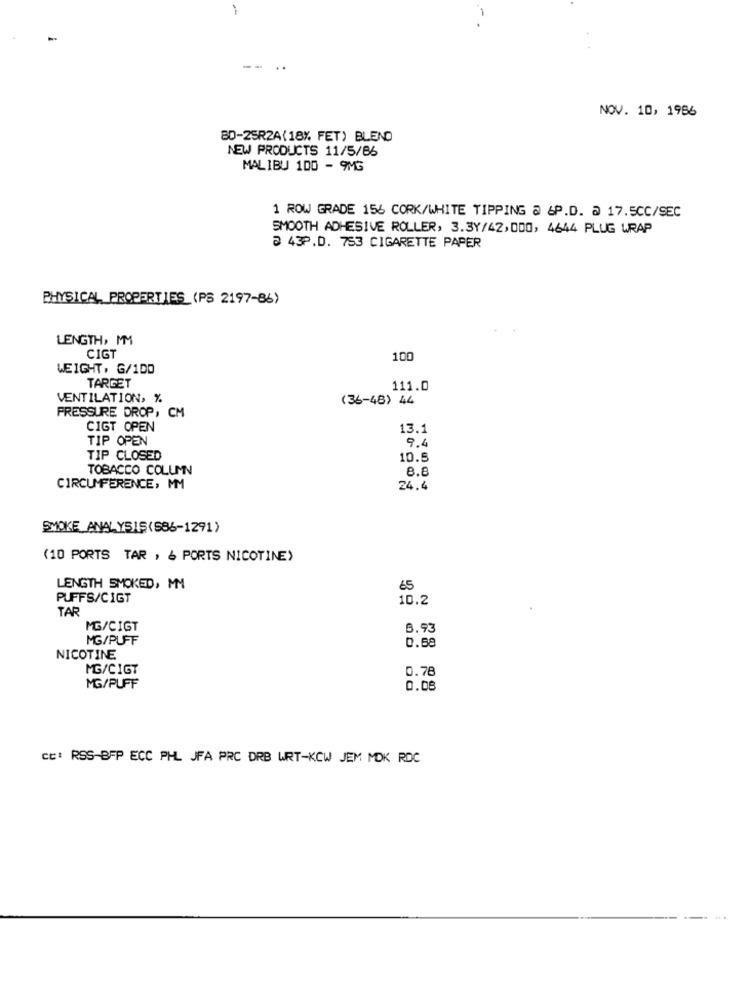
=
.. .
NOV. 10, 1986
80-25R2A(18% FET) BLEND
NEW PRODUCTS 11/5/86
MALIBU 100 - 9MG
1 ROW GRADE 156 CORK/WHITE TIPPING @ &P.D. @ 17.5CC/SEC
SMOOTH ADHESIVE ROLLER, 3.3Y/42,000, 4644 PLUG WRAP
₴ 43P.D. 753 CIGARETTE PAPER
PHYSICAL PROPERTIES (PS 2197-86)
LENGTH, MM
CIGT
100
WEIGHT, G/100
TARGET
111.0
VENTILATION, %
(36-48) 44
PRESSURE DROP, CM
CIGT OPEN
13.1
TIP OPEN
9.4
TIP CLOSED
10.5
TOBACCO COLUMN
8.8
CIRCUMFERENCE, MM
24.4
SMOKE_ANALYSIS(586-1291)
(10 PORTS TAR , & PORTS NICOTINE)
LENGTH SMOKED, MM
65
PUFFS/CIGT
10.2
TAR
MG/CIGT
8.93
MG/PUFF
0.68
NICOTINE
MG/CIGT
0.78
MG/PUFF
0.08
cc: RSS-BFP ECC PHL JFA PRC DRB WRT-KCW JEM MOK RDC